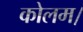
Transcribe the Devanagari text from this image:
कोलम।